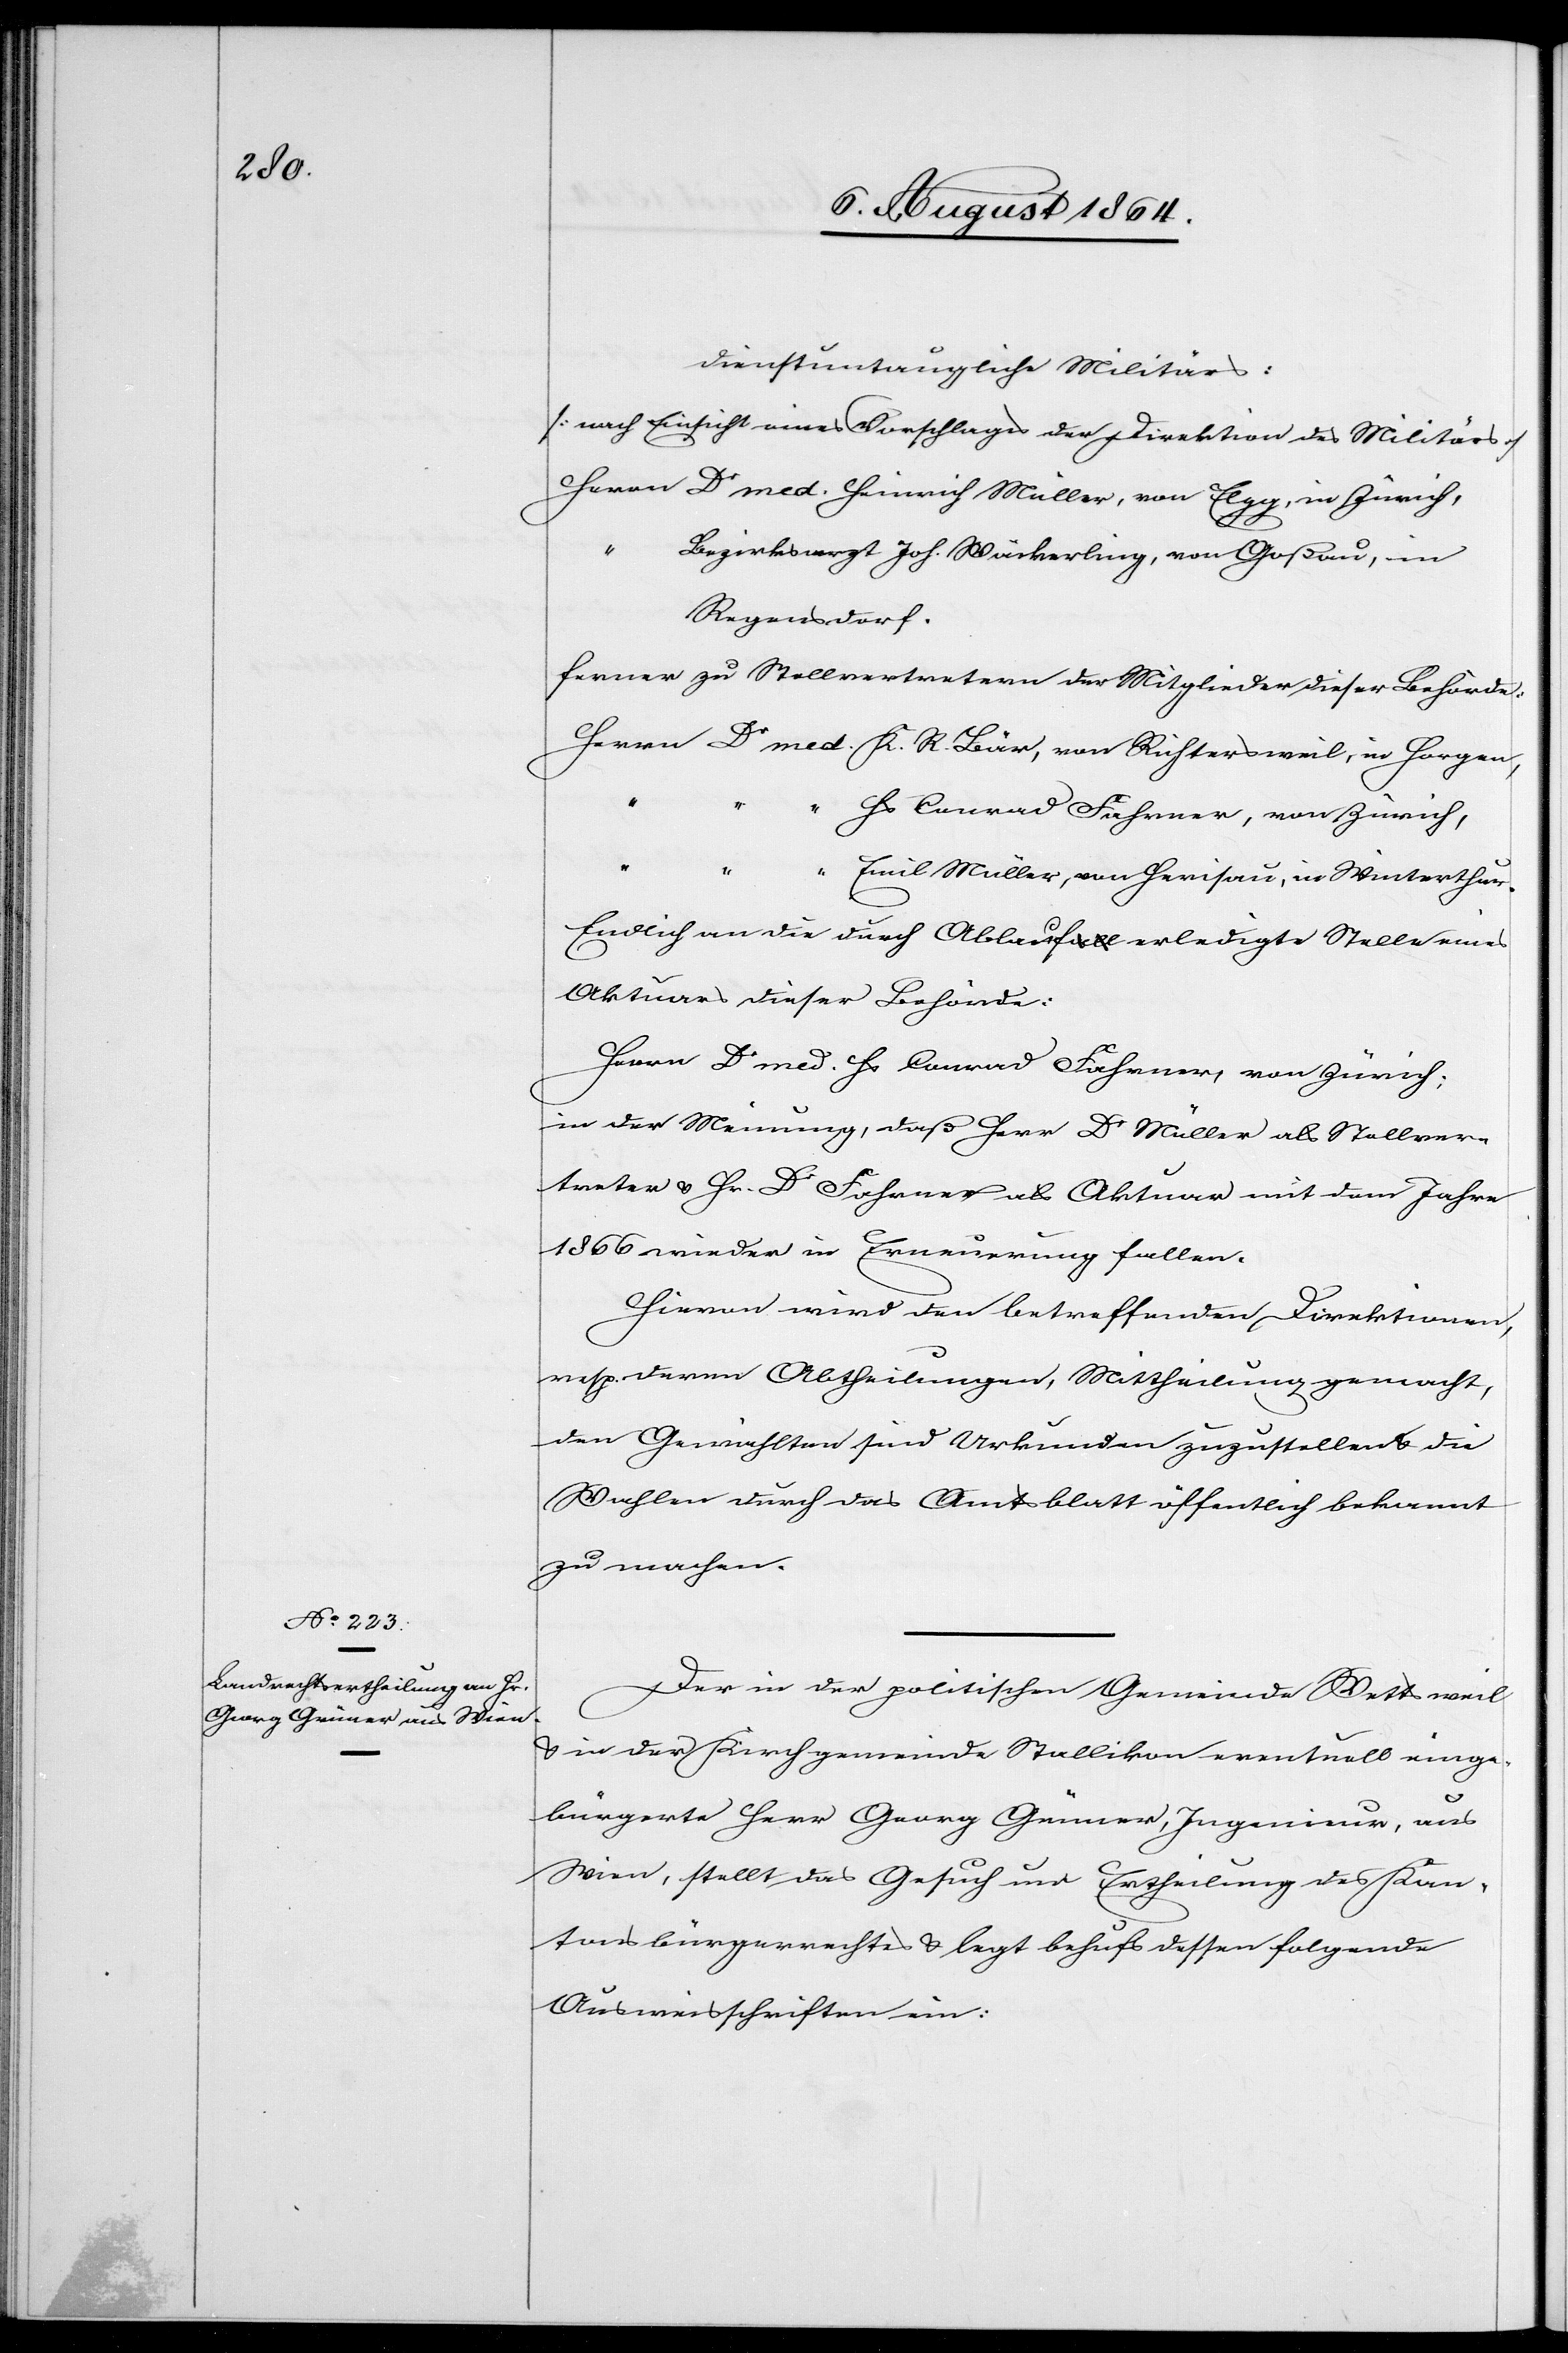
dienstuntaugliche Militärs:
[nach Einsicht eines Vorschlages der Direktion des Militärs]
Herrn Dr med. Heinrich Müller, von Elgg, in Zürich,
“
Bezirksarzt Joh. Wäckerling, von Goßau, in
Regensdorf.
ferner zu Stellvertretern der Mitgliedern dieser Behörde:
Herrn Dr med. K. R. Bär, von Richtersweil, in Horgen,
“ Hs. Conrad Fahrner, von Zürich,
“ “
Emil Müller, von Herisau, in Winterthur.
Endlich an die durch Ablaufa-all-a erledigte Stelle eines
Aktuars dieser Behörde:
Herrn Dr med. Hs. Conrad Fahrner, von Zürich;
in der Meinung, daß Herr Dr Müller als Stellver¬
treter & Hr Dr Fahrner als Aktuar mit dem Jahr
1866 wieder in Erneuerung fallen.
Hievon wird den betreffenden Direktionen,
resp. deren Abtheilungen, Mittheilung gemacht,
den Gewählten sind Urkunden zuzustellen & die
Wahlen durch das Amtsblatt öffentlich bekannt
zu machen.
Der in der politischen Gemeinde Wettsweil
& in der Kirchgemeinde Stallikon eventuell einge¬
bürgerte Herr Georg Grüner, Ingenieur, aus
Wien, stellt das Gesuch um Ertheilung des Kan¬
tonsbürgerrechtes & legt behufs dessen folgende
Ausweisschriften ein: